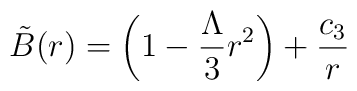
\tilde{B}(r) = \left( 1-\frac{\Lambda}{3}r^2 \right) + \frac{c_3}{r}